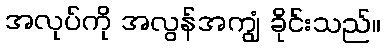
အလုပ်ကို အလွန်အကျွံ ခိုင်းသည်။